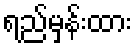
ရည်မှန်းထား